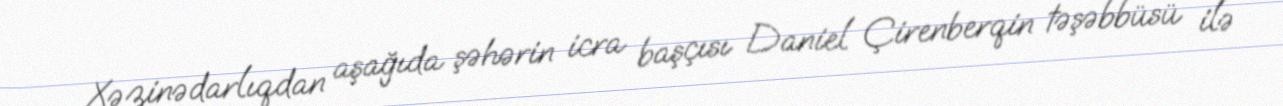
Xəzinədarlıqdan aşağıda şəhərin icra başçısı Daniel Çirenberqin təşəbbüsü ilə